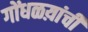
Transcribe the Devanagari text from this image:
गोंधळय़ांची